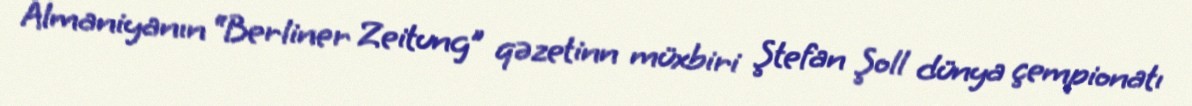
Almaniyanın “Berliner Zeitung” qəzetinn müxbiri Ştefan Şoll dünya çempionatı